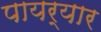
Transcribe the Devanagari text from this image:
पायर्यार